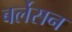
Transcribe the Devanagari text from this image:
बर्लेसन